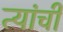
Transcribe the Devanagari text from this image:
त्यांंची